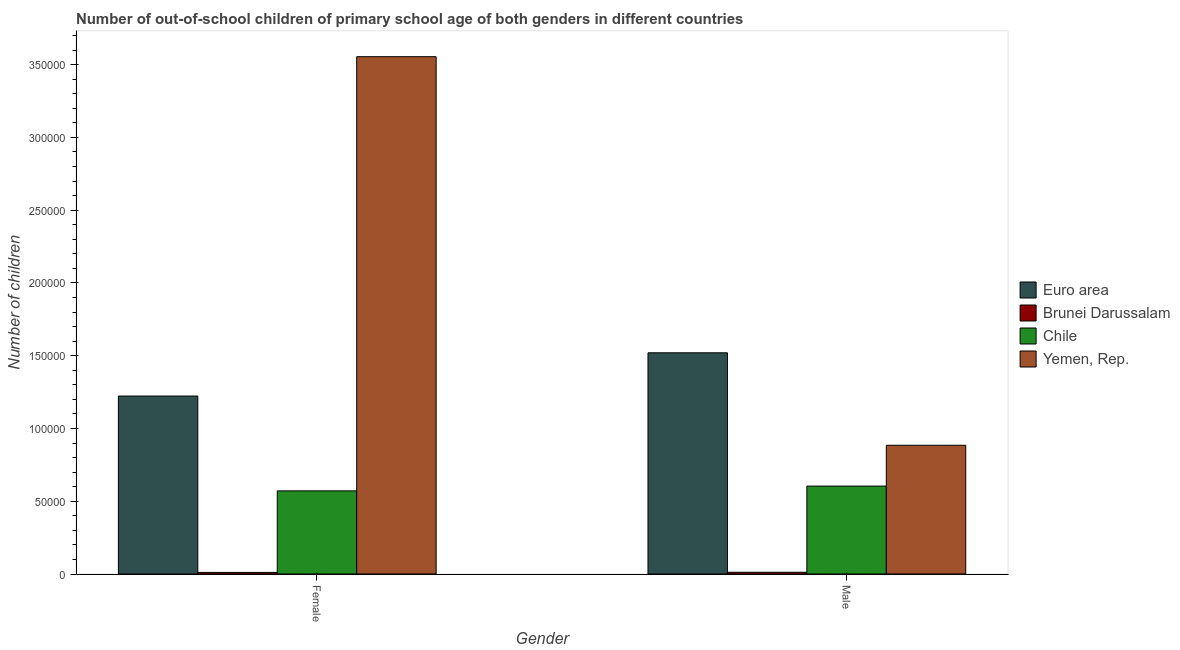
| Gender | Euro area | Brunei Darussalam | Chile | Yemen, Rep. |
 | --- | --- | --- | --- | --- |
 | Female | 1.22e+05 | 1.08e+03 | 5.71e+04 | 3.55e+05 |
 | Male | 1.52e+05 | 1.2e+03 | 6.04e+04 | 8.85e+04 |